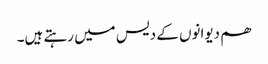
ھم دیوانوں کے دیس میں رہتے ہیں۔